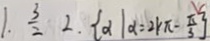
1 . \frac { 3 } { 2 } 2 \cdot \{ \alpha \vert \alpha = 2 k \pi - \frac { \pi } { 3 } \}